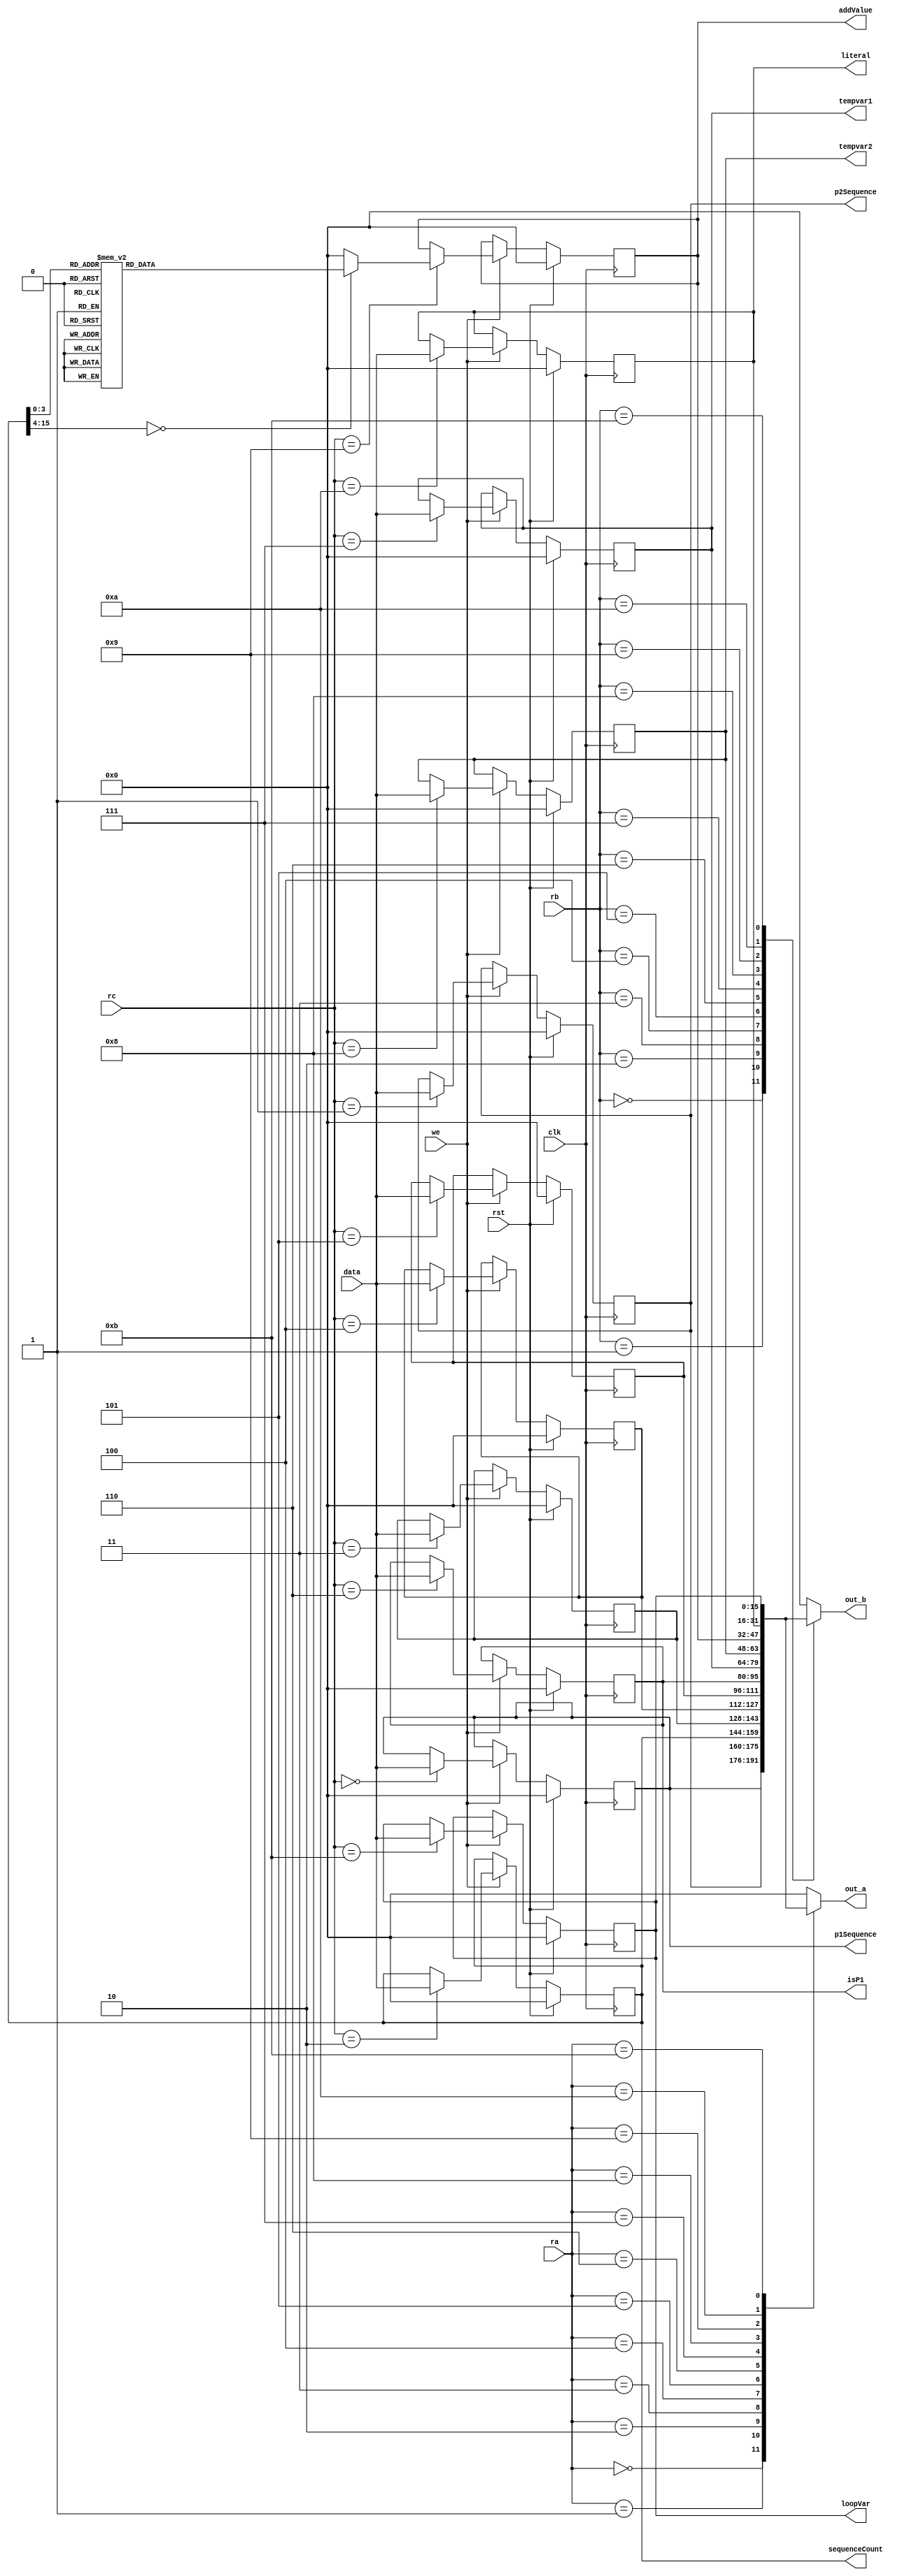
/*
   This file was generated automatically by Alchitry Labs version 1.2.7.
   Do not edit this file directly. Instead edit the original Lucid source.
   This is a temporary file and any changes made to it will be destroyed.
*/

module game_miniRegfile_5 (
    input clk,
    input rst,
    input [3:0] rc,
    input we,
    input [15:0] data,
    input [3:0] ra,
    input [3:0] rb,
    output reg [15:0] out_a,
    output reg [15:0] out_b,
    output reg [15:0] literal,
    output reg [15:0] isP1,
    output reg [15:0] sequenceCount,
    output reg [15:0] p1Sequence,
    output reg [15:0] p2Sequence,
    output reg [15:0] tempvar1,
    output reg [15:0] tempvar2,
    output reg [15:0] addValue,
    output reg [15:0] loopVar
  );
  
  
  
  reg [15:0] M_p1_sequence_d, M_p1_sequence_q = 1'h0;
  reg [15:0] M_p2_sequence_d, M_p2_sequence_q = 1'h0;
  reg [15:0] M_sequence_count_d, M_sequence_count_q = 1'h0;
  reg [15:0] M_p1_score_d, M_p1_score_q = 1'h0;
  reg [15:0] M_p2_score_d, M_p2_score_q = 1'h0;
  reg [15:0] M_round_d, M_round_q = 1'h0;
  reg [15:0] M_is_p1_d, M_is_p1_q = 1'h0;
  reg [15:0] M_literal_out_d, M_literal_out_q = 1'h0;
  reg [15:0] M_temp_var1_d, M_temp_var1_q = 1'h0;
  reg [15:0] M_temp_var2_d, M_temp_var2_q = 1'h0;
  reg [15:0] M_addvalue_d, M_addvalue_q = 1'h0;
  reg [15:0] M_loop_var_d, M_loop_var_q = 1'h0;
  
  always @* begin
    M_sequence_count_d = M_sequence_count_q;
    M_p1_score_d = M_p1_score_q;
    M_literal_out_d = M_literal_out_q;
    M_addvalue_d = M_addvalue_q;
    M_round_d = M_round_q;
    M_p2_sequence_d = M_p2_sequence_q;
    M_temp_var1_d = M_temp_var1_q;
    M_temp_var2_d = M_temp_var2_q;
    M_is_p1_d = M_is_p1_q;
    M_p1_sequence_d = M_p1_sequence_q;
    M_p2_score_d = M_p2_score_q;
    M_loop_var_d = M_loop_var_q;
    
    
    case (ra)
      4'h0: begin
        out_a = M_p1_sequence_q;
      end
      4'h1: begin
        out_a = M_p2_sequence_q;
      end
      4'h2: begin
        out_a = M_sequence_count_q;
      end
      4'h3: begin
        out_a = M_p1_score_q;
      end
      4'h4: begin
        out_a = M_p2_score_q;
      end
      4'h5: begin
        out_a = M_round_q;
      end
      4'h6: begin
        out_a = M_is_p1_q;
      end
      4'h7: begin
        out_a = M_temp_var1_q;
      end
      4'h8: begin
        out_a = M_temp_var2_q;
      end
      4'h9: begin
        out_a = M_addvalue_q;
      end
      4'ha: begin
        out_a = M_literal_out_q;
      end
      4'hb: begin
        out_a = M_loop_var_q;
      end
      default: begin
        out_a = 1'h0;
      end
    endcase
    
    case (rb)
      4'h0: begin
        out_b = M_p1_sequence_q;
      end
      4'h1: begin
        out_b = M_p2_sequence_q;
      end
      4'h2: begin
        out_b = M_sequence_count_q;
      end
      4'h3: begin
        out_b = M_p1_score_q;
      end
      4'h4: begin
        out_b = M_p2_score_q;
      end
      4'h5: begin
        out_b = M_round_q;
      end
      4'h6: begin
        out_b = M_is_p1_q;
      end
      4'h7: begin
        out_b = M_temp_var1_q;
      end
      4'h8: begin
        out_b = M_temp_var2_q;
      end
      4'h9: begin
        out_b = M_addvalue_q;
      end
      4'ha: begin
        out_b = M_literal_out_q;
      end
      4'hb: begin
        out_b = M_loop_var_q;
      end
      default: begin
        out_b = 1'h0;
      end
    endcase
    if (we) begin
      
      case (rc)
        4'h0: begin
          M_p1_sequence_d = data;
        end
        4'h1: begin
          M_p2_sequence_d = data;
        end
        4'h2: begin
          M_sequence_count_d = data;
        end
        4'h3: begin
          M_p1_score_d = data;
        end
        4'h4: begin
          M_p2_score_d = data;
        end
        4'h5: begin
          M_round_d = data;
        end
        4'h6: begin
          M_is_p1_d = data;
        end
        4'h7: begin
          M_temp_var1_d = data;
        end
        4'h8: begin
          M_temp_var2_d = data;
        end
        4'h9: begin
          
          case (M_sequence_count_q)
            16'h0000: begin
              M_addvalue_d = 16'h0001;
            end
            16'h0001: begin
              M_addvalue_d = 16'h0002;
            end
            16'h0002: begin
              M_addvalue_d = 16'h0004;
            end
            16'h0003: begin
              M_addvalue_d = 16'h0008;
            end
            16'h0004: begin
              M_addvalue_d = 16'h0010;
            end
            16'h0005: begin
              M_addvalue_d = 16'h0020;
            end
            16'h0006: begin
              M_addvalue_d = 16'h0040;
            end
            16'h0007: begin
              M_addvalue_d = 16'h0080;
            end
            16'h0008: begin
              M_addvalue_d = 16'h0100;
            end
            16'h0009: begin
              M_addvalue_d = 16'h0200;
            end
            16'h000a: begin
              M_addvalue_d = 16'h0400;
            end
            16'h000b: begin
              M_addvalue_d = 16'h0800;
            end
            16'h000c: begin
              M_addvalue_d = 16'h1000;
            end
            16'h000d: begin
              M_addvalue_d = 16'h2000;
            end
            16'h000e: begin
              M_addvalue_d = 16'h4000;
            end
            16'h000f: begin
              M_addvalue_d = 16'h8000;
            end
            default: begin
              M_addvalue_d = 16'h0000;
            end
          endcase
        end
        4'ha: begin
          M_literal_out_d = data;
        end
        4'hb: begin
          M_loop_var_d = data;
        end
      endcase
    end
    literal = M_literal_out_q;
    isP1 = M_is_p1_q;
    tempvar1 = M_temp_var1_q;
    tempvar2 = M_temp_var2_q;
    sequenceCount = M_sequence_count_q;
    p1Sequence = M_p1_sequence_q;
    p2Sequence = M_p2_sequence_q;
    addValue = M_addvalue_q;
    loopVar = M_loop_var_q;
  end
  
  always @(posedge clk) begin
    if (rst == 1'b1) begin
      M_p1_sequence_q <= 1'h0;
      M_p2_sequence_q <= 1'h0;
      M_sequence_count_q <= 1'h0;
      M_p1_score_q <= 1'h0;
      M_p2_score_q <= 1'h0;
      M_round_q <= 1'h0;
      M_is_p1_q <= 1'h0;
      M_literal_out_q <= 1'h0;
      M_temp_var1_q <= 1'h0;
      M_temp_var2_q <= 1'h0;
      M_addvalue_q <= 1'h0;
      M_loop_var_q <= 1'h0;
    end else begin
      M_p1_sequence_q <= M_p1_sequence_d;
      M_p2_sequence_q <= M_p2_sequence_d;
      M_sequence_count_q <= M_sequence_count_d;
      M_p1_score_q <= M_p1_score_d;
      M_p2_score_q <= M_p2_score_d;
      M_round_q <= M_round_d;
      M_is_p1_q <= M_is_p1_d;
      M_literal_out_q <= M_literal_out_d;
      M_temp_var1_q <= M_temp_var1_d;
      M_temp_var2_q <= M_temp_var2_d;
      M_addvalue_q <= M_addvalue_d;
      M_loop_var_q <= M_loop_var_d;
    end
  end
  
endmodule